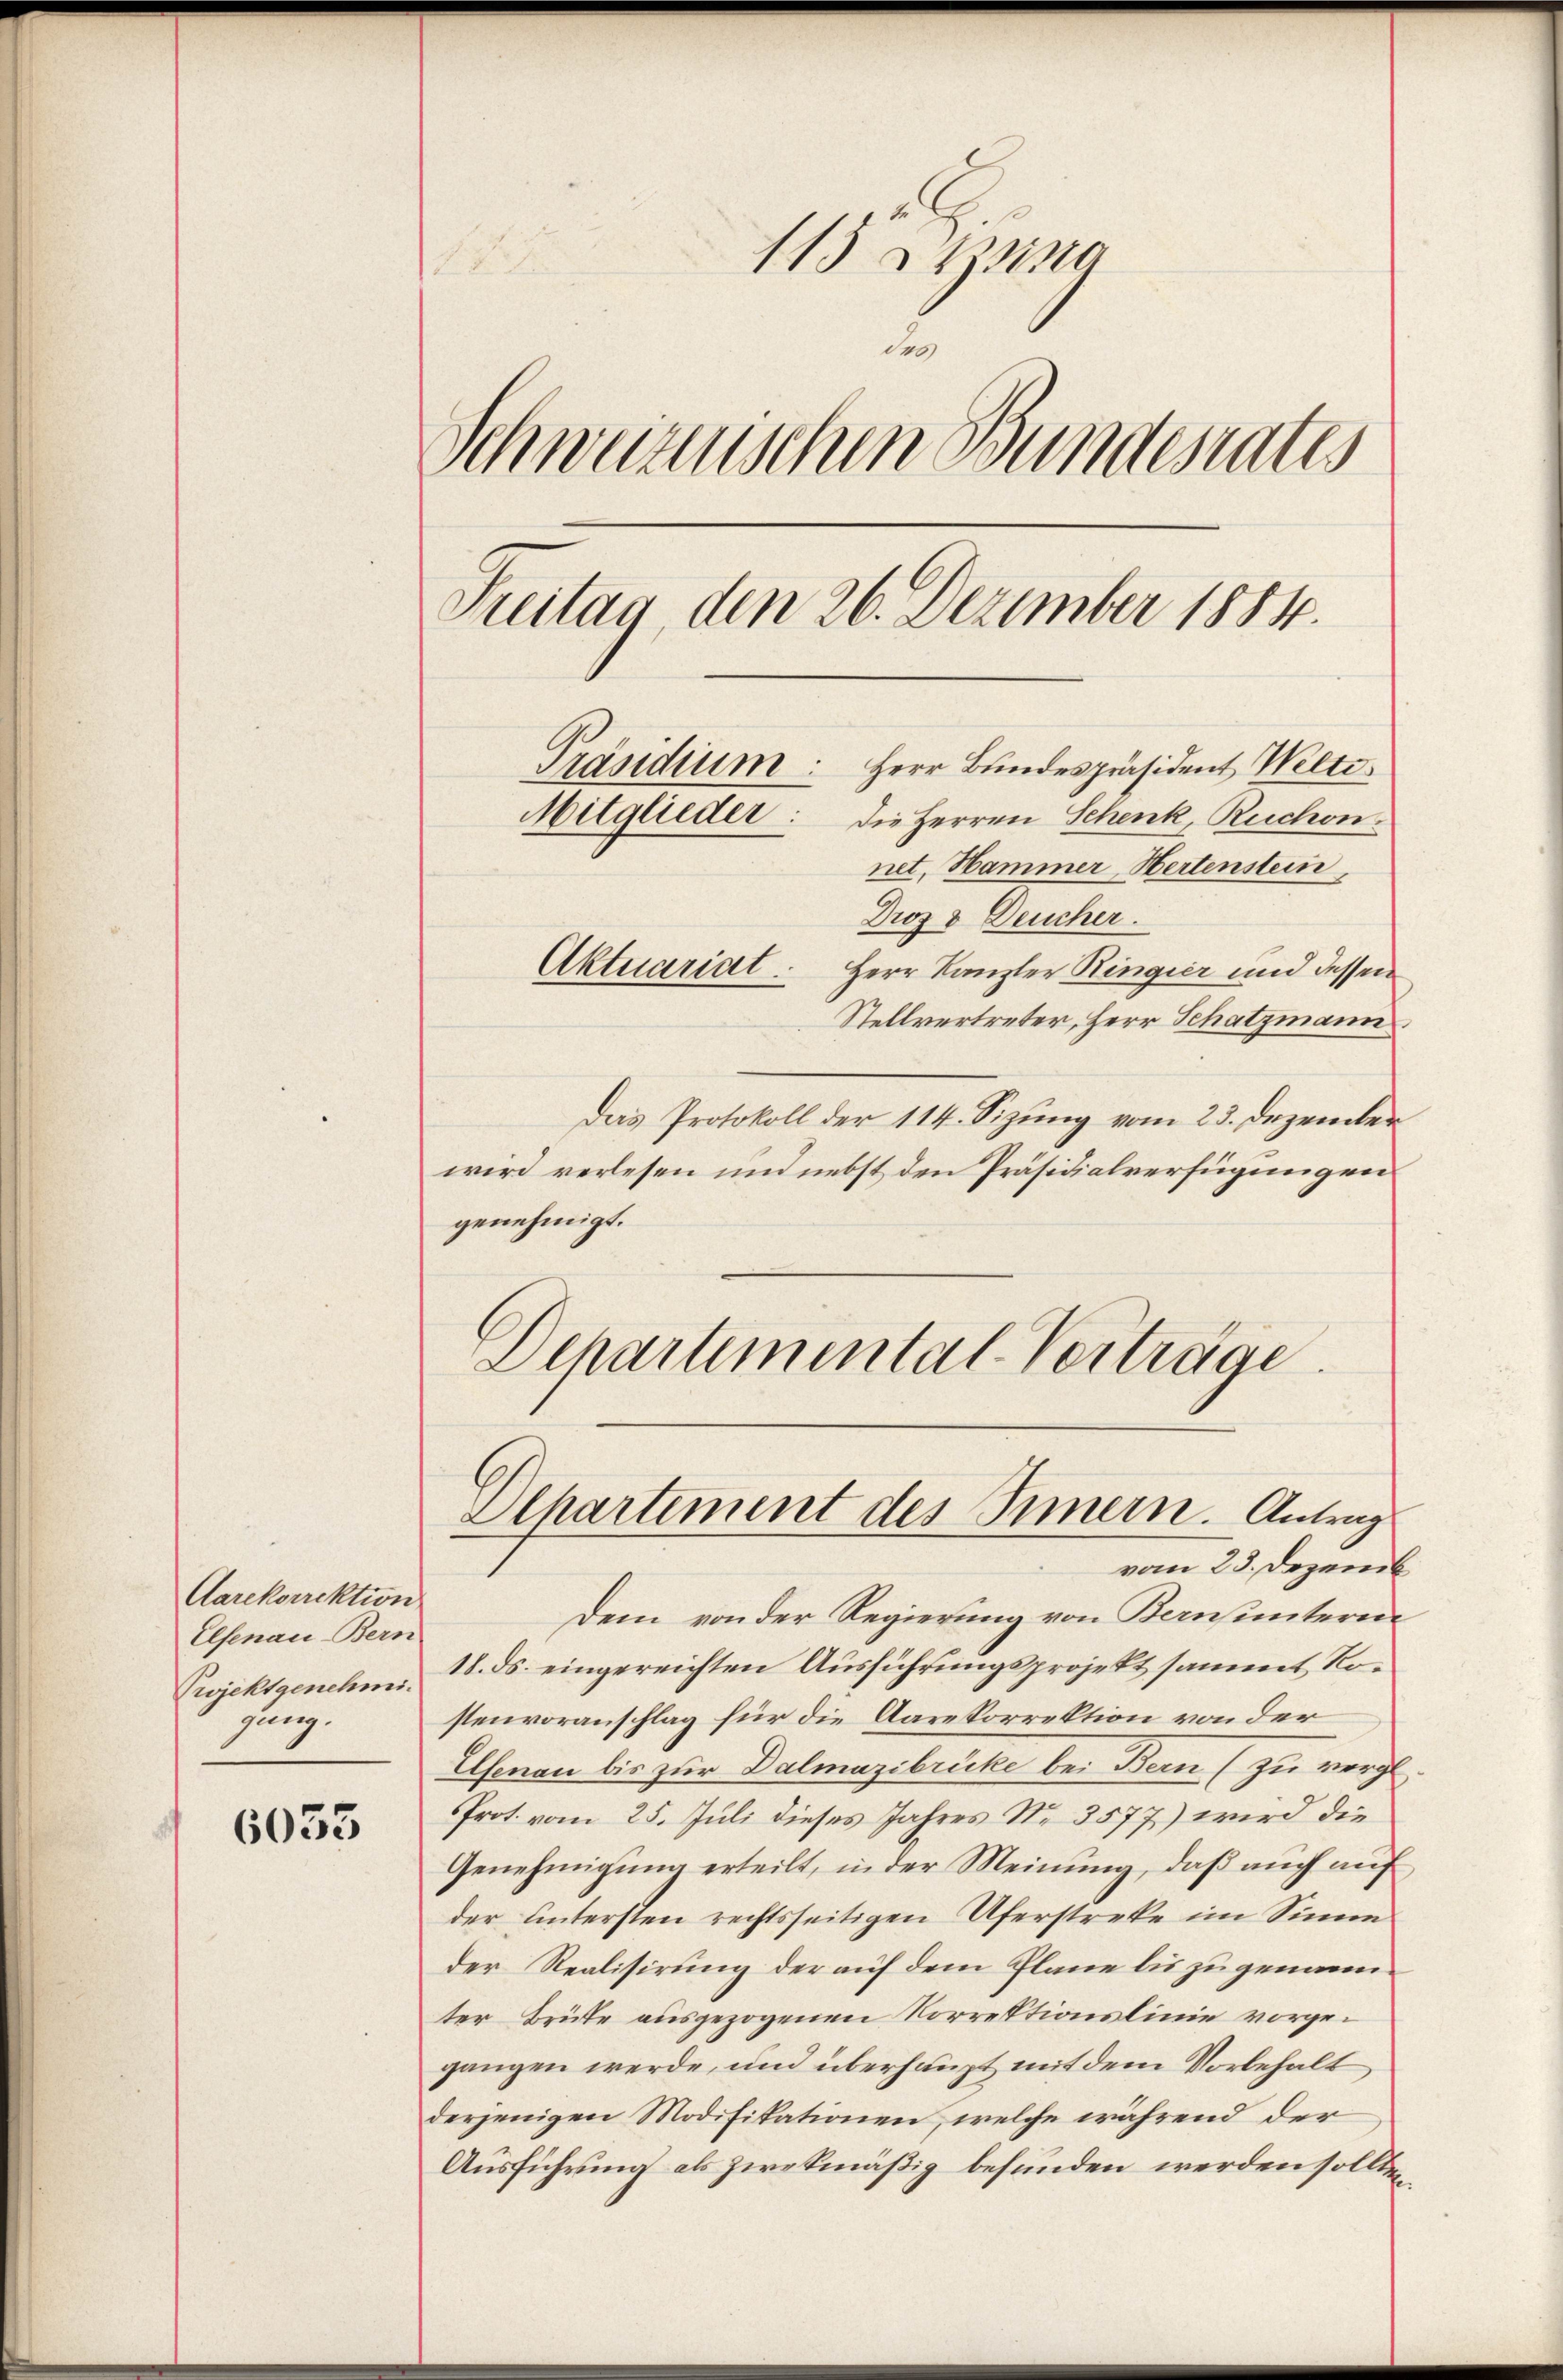
Aarekorrektion
Elsenau-Bern
Projekt genehmi
gung.

6053

113 Steina

u
Schweizerischen Bundesrates
Peitag, den 26. Dezember 1884.
Präsidium: Herr Bundespräsident Welti.
Mitglieder: Die Herren Schenk, Ruchon.
net, Hammer Hertenstein,
Droz 3 Deucher.
Aktuariat. Herr Kanzler Ringier und dessen
Stellvertreter, Herr Schatzmann

Das Protokoll der 114. Sizung vom 23. Dezember
wird verlesen und nebst den Präsidialverfügungen.
genehmigt.
Dchartemental-Verträge.

Ochartement des Innern. Antrag
vom 23. Dezemb

Dem von der Regierung von Bernsuntern
18. ds. eingereichten Ausführungsprojekt sammt, Rostenvoranschlag für die Aarekorrektion von der
Elsenau bis zur Dalmazibrücke bei Bern (zu vergl.
Prot. vom 25. Juli dieses Jahres Nr. 3577) wird die
Genehmigung erteilt, in der Meinung, daß auch auf
der Untersten rechtsseitigen Uferstreke im Sinne
der Realisirung der auf dem Plane bis zu genannter Brüte ausgezogenen Korrektionslinie vorgegangen werde, und überhaupt mit dem Vorbehalt
derjenigen Modifikationen, welche während der
Ausführung als zwekmäßig befunden werden sollten,